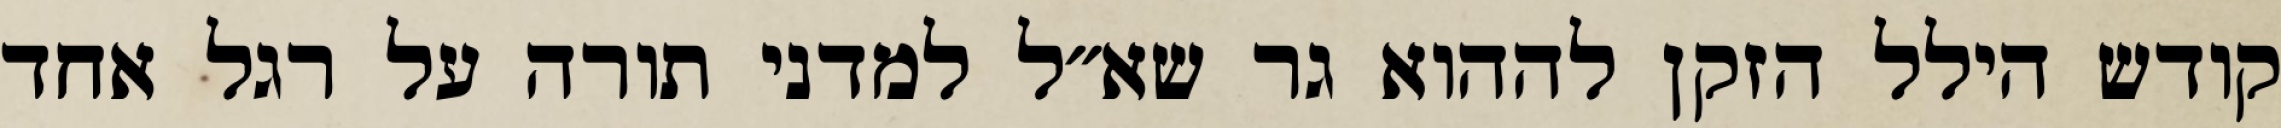
קודש הילל הזקן לההוא גר שא״ל למדני תורה על רגל אחד